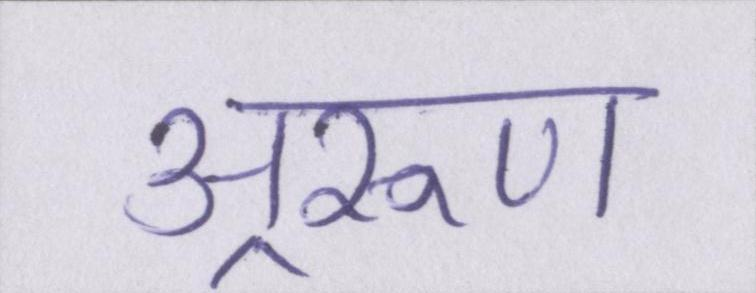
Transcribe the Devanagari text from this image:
अ्ररूण